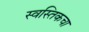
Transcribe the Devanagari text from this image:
स्वस्तिकचा